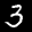
Label: 3